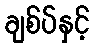
ချစ်ပ်နှင့်